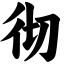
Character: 彻